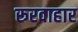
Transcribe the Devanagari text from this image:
रूरवाहार